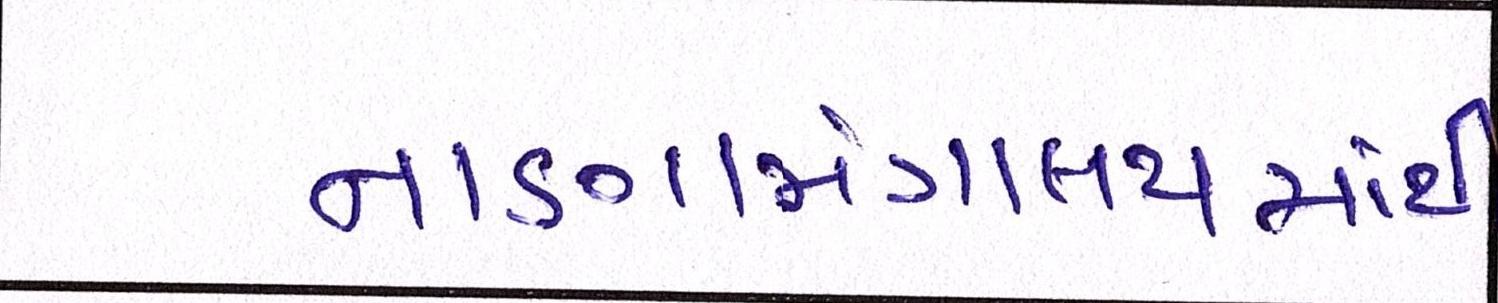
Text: નાણામંત્રાલયમાંથી